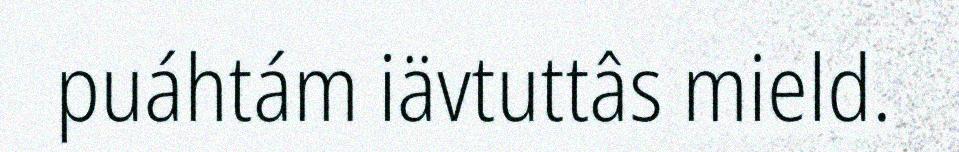
puáhtám iävtuttâs mield.